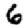
Digit: 6